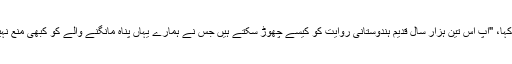
انہوں نے کہا، "آپ اس تین ہزار سال قدیم ہندوستانی روایت کو کیسے چھوڑ سکتے ہیں جس نے ہمارے یہاں پناہ مانگنے والے کو کبھی منع نہیں کیا ہے۔